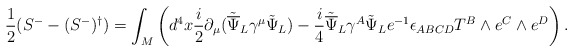
\begin{align*}\frac{1}{2}(S^- - (S^-)^\dagger) = \int_M \left(d^4x \frac{i}{2}\partial_\mu({\tilde {\overline\Psi}}_L\gamma^\mu{\tilde\Psi}_L)-\frac{i}{4}{\tilde {\overline\Psi}}_L\gamma^A{\tilde\Psi}_Le^{-1}\epsilon_{ABCD}T^B\wedge e^C \wedge e^D \right).\end{align*}